Annual report on the mental hospital in the Central Provinces and Berar (Nagpur) - 1927-1951
Year: 1927
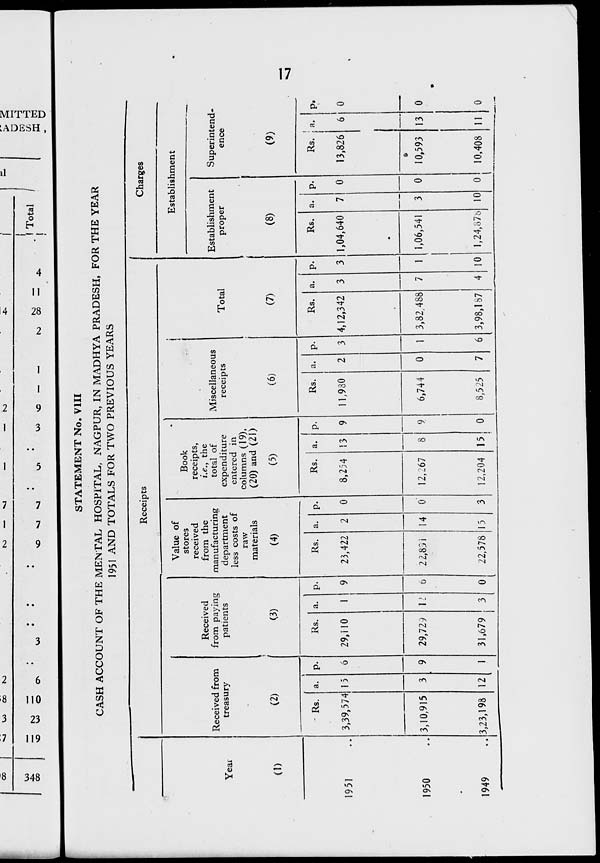
oo
^j
u> oo to
•
tsj
—■
*^J
—
—'
tso
-t-
1
oo
vO
O
OS
•
w •
•
•'
•sD
«»J
•»J
J
Ui
•
Ui
\D
NJ
OO
■u
' 1
Year
S 3
X w
. 0
STATEMENT No. VIII
CASH ACCOUNT OF THE MENTAL HOSPITAL, NAGPUR, IN MADHYA PRADESH, FOR THE YEAR
195! AND TOTALS FOR TWO PREVIOUS YEARS
Receipts
Received from
treasury
(1)
1951
1950
1949
Received
from paying
patients
(2)
(3)
Rs.
3,39,574
a.
15
3
12
p.
6
9
1
3,10,915
3,23,198
Rs.
29,110
29,72?
31,679
U
Value of
stores
received
from the
manufacturing
department
less costs of
raw
materials
(4)
Rs.
23,422
0
2 2,83 i
22,578
0
Book
receipts,
i.e., the
total of
expenditure
entered in
columns (19),
(20) and (21)
(5)
Miscellaneous
receipts
Total
Charges
Establishment
Establishment
proper
Superintend-
ence
(6)
14 0
Rs.
8,254
a.
13
12,267
12,204 15
Rs.
11,980
a.
6,744
0
8,525
(7)
0
Rs.
4,12,342
a.
3,82.488
(8)
Rs.
3 1,04,640
a.
1,06,541
3,98,187
(9)
0
Rs. ; a.
13,826
10 1,24,87b 10
0 10,593
01 10,408
P«
0
13
11